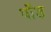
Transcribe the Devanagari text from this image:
पाैड